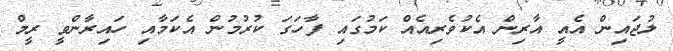
ލުޖައިން އެއީ އާރިން އެކުވެރިއެއް ކަމުގައި ފާހަގަ ކުރުމުން އެކަމާއި ހައިރާންވީ ރީމް